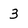
Character: 3